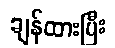
ချန်ထားပြီး